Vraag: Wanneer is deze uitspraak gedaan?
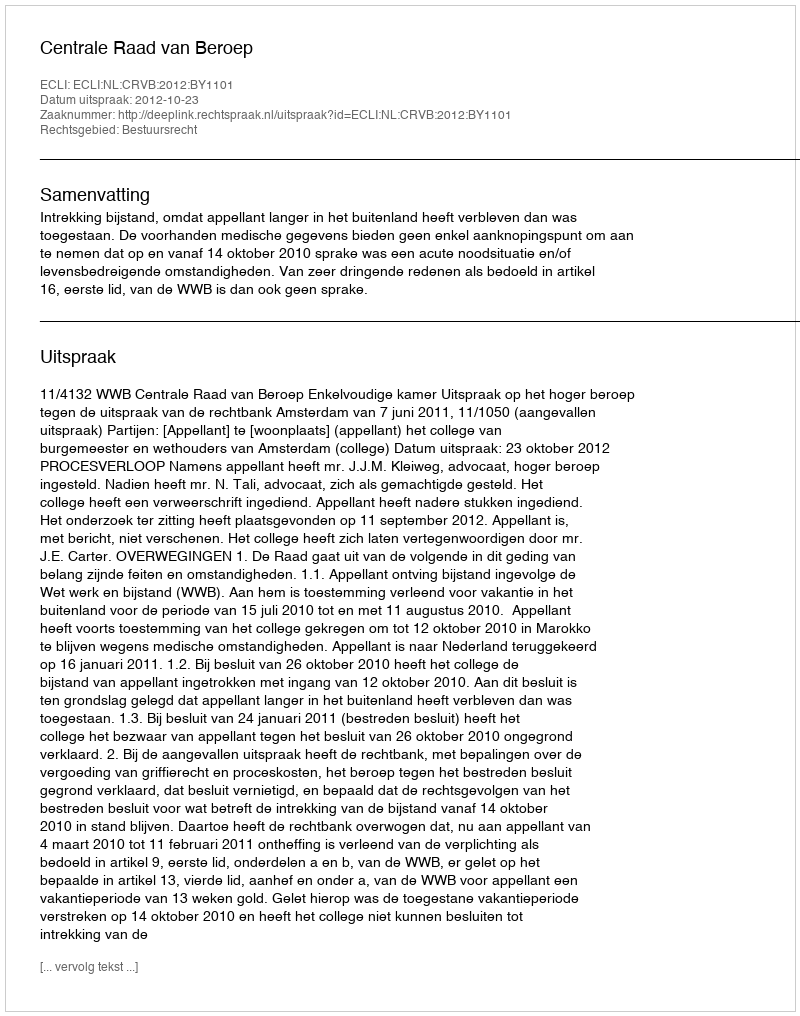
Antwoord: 2012-10-23